Lunatic asylums Central Provinces reports 1895-1909 - 1895-1909
Year: 1895
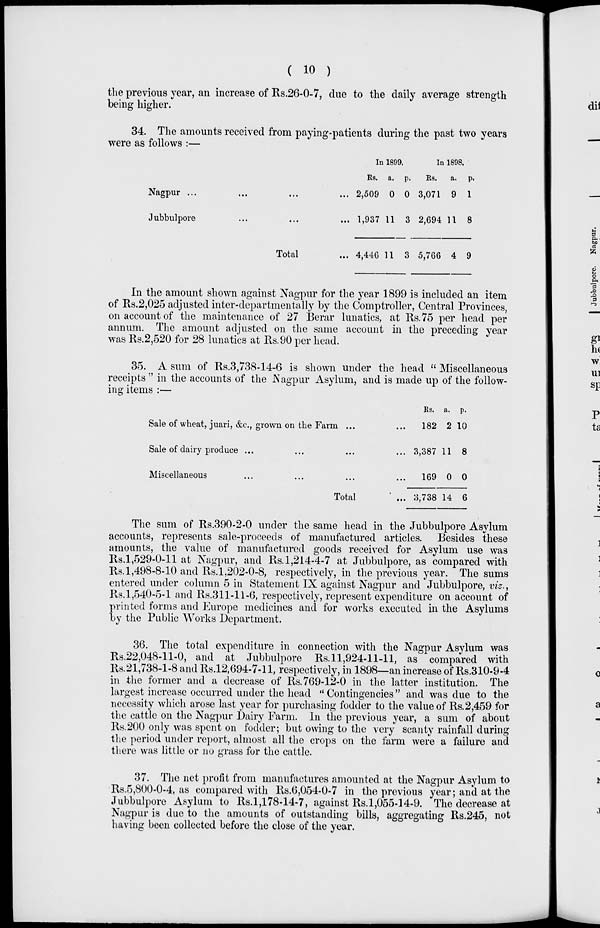
( 10 )
the previous year, an increase of Rs.26-0-7, due to the daily average strength
being higher.
34. The amounts received from paying-patients during the past two years
were as follows :—
Nagpur ... ... ... ...
Jubbulpore ... ... ...
Total ...
In 1899.
Rs.
2,509
1,937
4,446
a.
0
11
11
p.
0
3
3
In 1898.
Rs.
3,071
2,694
5,766
a.
9
11
4
p.
1
8
9
In the amount shown against Nagpur for the year 1899 is included an item
of Rs.2,025 adjusted inter-departmentally by the Comptroller, Central Provinces,
on account of the maintenance of 27 Berar lunatics, at Rs.75 per head per
annum. The amount adjusted on the same account in the preceding year
was Rs.2,520 for 28 lunatics at Rs.90 per head.
35. A sum of Rs.3,738-14-6 is shown under the head " Miscellaneous
receipts " in the accounts of the Nagpur Asylum, and is made up of the follow-
ing items :—
Sale of wheat, juari, &c., grown on the Farm ... ...
Sale of dairy produce ... ... ... ...
Miscellaneous ... ... ... ...
Total ...
Rs.
182
3,387
169
3,738
a.
2
11
0
14
p.
10
8
0
6
The sum of Rs.390-2-0 under the same head in the Jubbulpore Asylum
accounts, represents sale-proceeds of manufactured articles. Besides these
amounts, the value of manufactured goods received for Asylum use was
Rs.1,529-0-11 at Nagpur, and Rs.1,214-4-7 at Jubbulpore, as compared with
Rs. 1,498-8-10 and Rs.1,202-0-8, respectively, in the previous year. The sums
entered under column 5 in Statement IX against Nagpur and Jubbulpore, viz.,
Rs. 1,540-5-1 and Rs.311-11-6, respectively, represent expenditure on account of
printed forms and Europe medicines and for works executed in the Asylums
by the Public Works Department.
36. The total expenditure in connection with the Nagpur Asylum was
Rs.22,048-11-0, and at Jubbulpore Rs. 11,924-11-11, as compared with
Rs.21,738-1-8 and Rs.12,694-7-11, respectively, in 1898—an increase of Rs.310-9-4
in the former and a decrease of Rs. 769-12-0 in the latter institution. The
largest increase occurred under the head " Contingencies" and was due to the
necessity which arose last year for purchasing fodder to the value of Rs.2,459 for
the cattle on the Nagpur Dairy Farm. In the previous year, a sum of about
Rs.200 only was spent on fodder; but owing to the very scanty rainfall during
the period under report, almost all the crops on the farm were a failure and
there was little or no grass for the cattle.
37. The net profit from manufactures amounted at the Nagpur Asylum to
Rs.5,800-0-4, as compared with Rs.6,054-0-7 in the previous year; and at the
Jubbulpore Asylum to Rs.1,178-14-7, against Rs.1,055-14-9. The decrease at
Nagpur is due to the amounts of outstanding bills, aggregating Rs.245, not
having been collected before the close of the year.